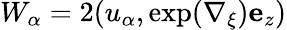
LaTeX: W_{\alpha}=2(u_{\alpha},\exp(\nabla_{\xi}){\mathbf e}_{z})